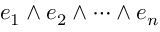
e _ { 1 } \wedge e _ { 2 } \wedge \cdots \wedge e _ { n }